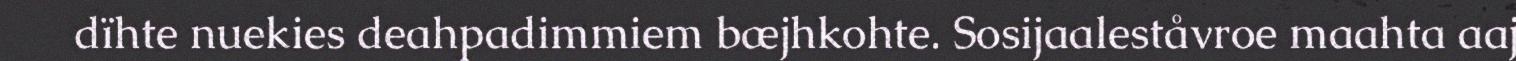
dïhte nuekies deahpadimmiem bæjhkohte. Sosijaaleståvroe maahta aaj